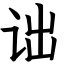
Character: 诎